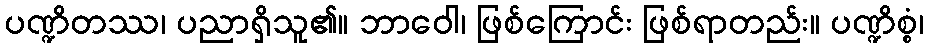
ပဏ္ဍိတဿ၊ ပညာရှိသူ၏။ ဘာဝေါ၊ ဖြစ်ကြောင်း ဖြစ်ရာတည်း။ ပဏ္ဍိစ္စံ၊